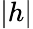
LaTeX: |h|